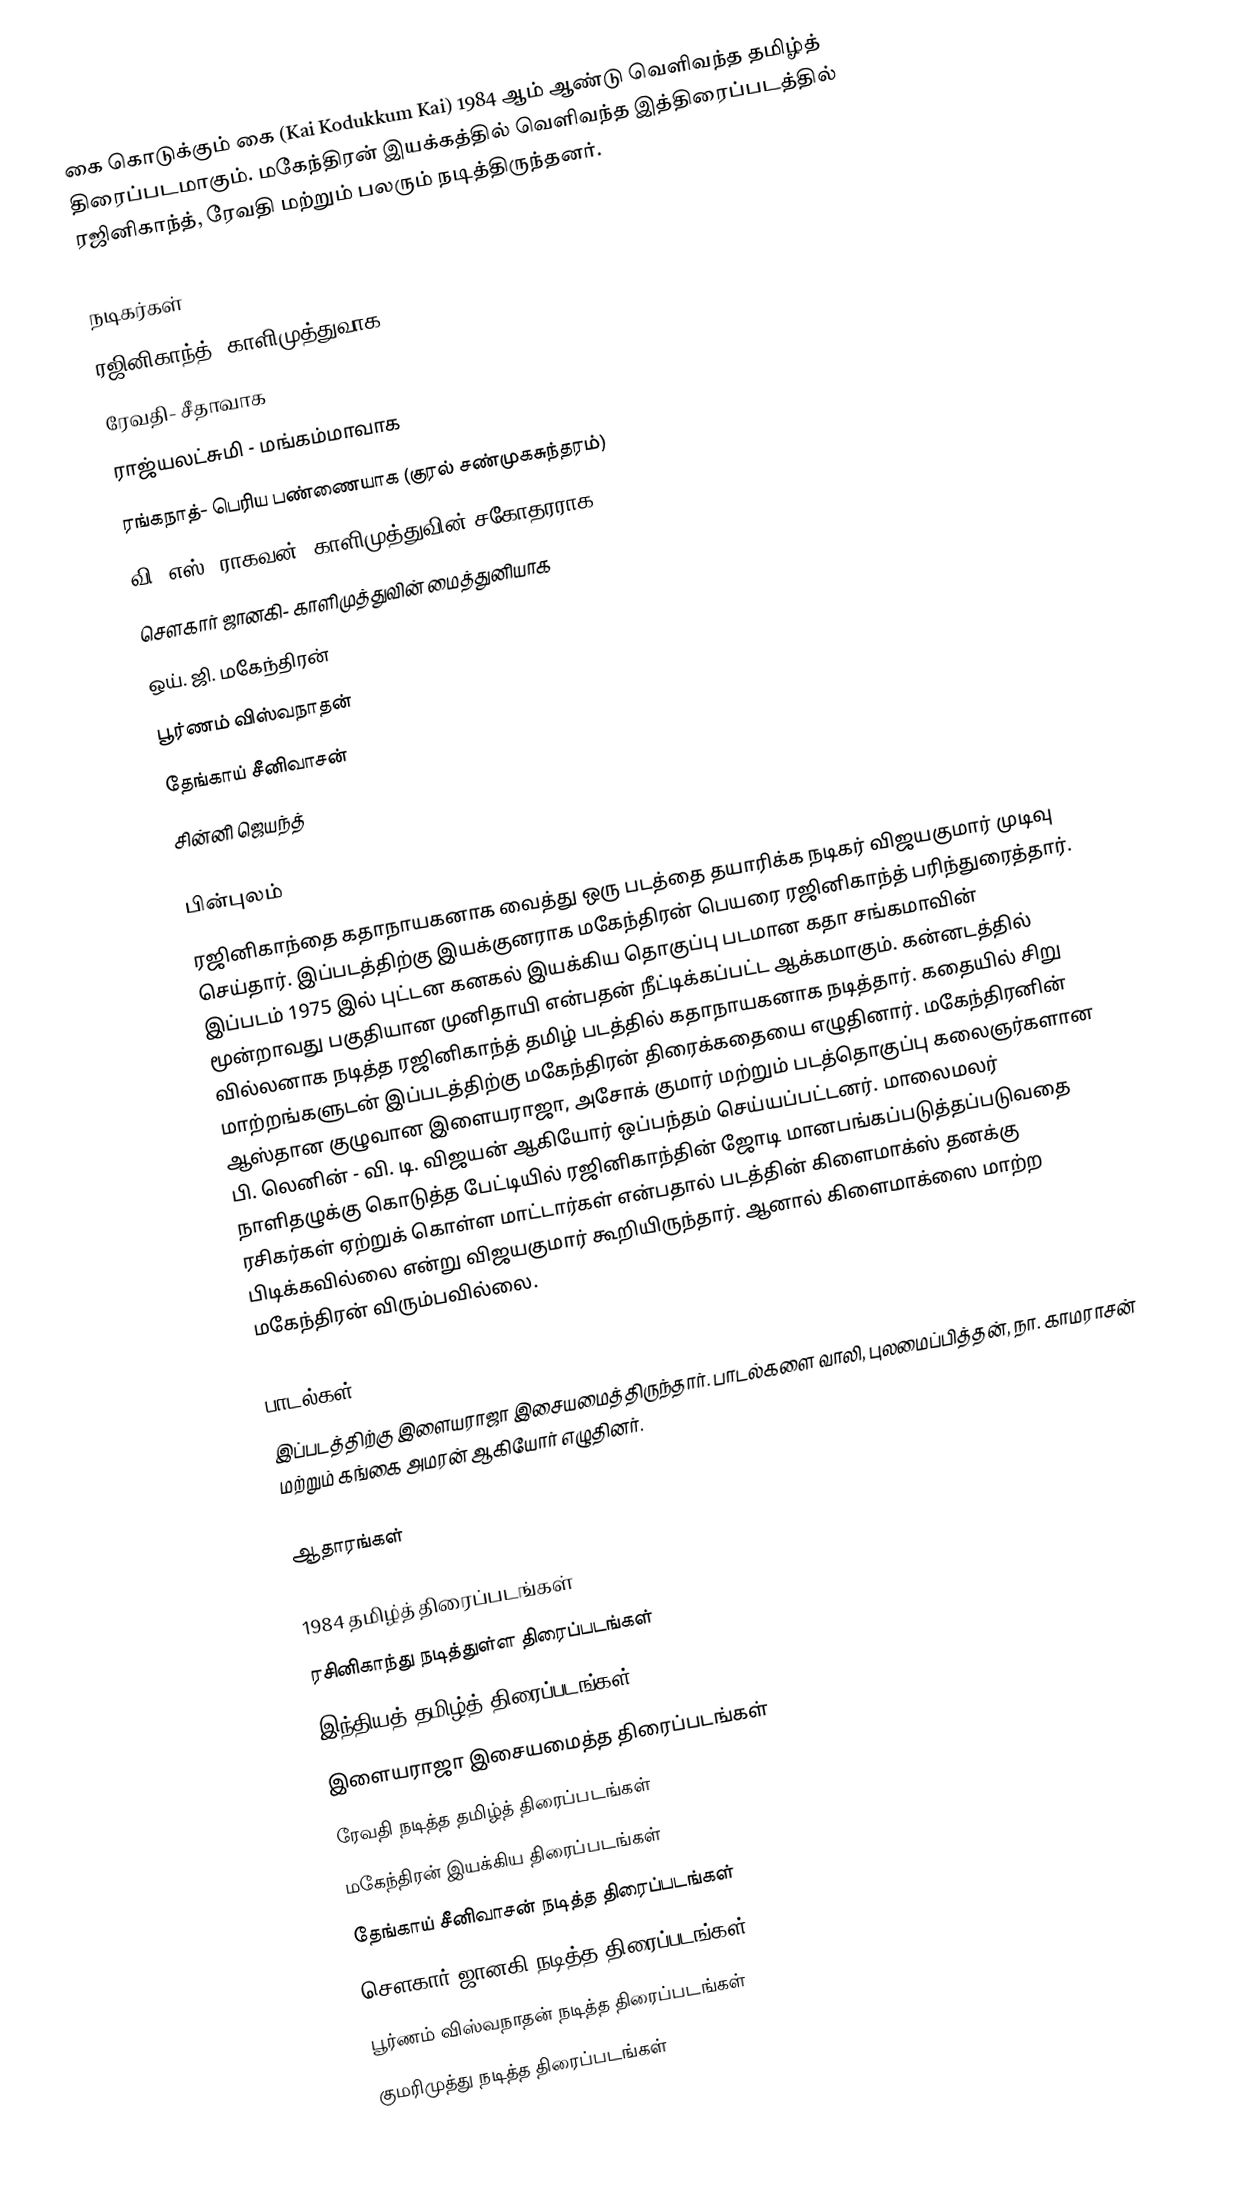
கை கொடுக்கும் கை (Kai Kodukkum Kai) 1984 ஆம் ஆண்டு வெளிவந்த தமிழ்த் திரைப்படமாகும். மகேந்திரன் இயக்கத்தில் வெளிவந்த இத்திரைப்படத்தில் ரஜினிகாந்த், ரேவதி மற்றும் பலரும் நடித்திருந்தனர்.

நடிகர்கள்
 ரஜினிகாந்த்- காளிமுத்துவாக
 ரேவதி- சீதாவாக
 ராஜ்யலட்சுமி - மங்கம்மாவாக
 ரங்கநாத்- பெரிய பண்ணையாக  (குரல் சண்முகசுந்தரம்)
 வி. எஸ். ராகவன்- காளிமுத்துவின் சகோதரராக
 சௌகார் ஜானகி- காளிமுத்துவின் மைத்துனியாக
 ஒய். ஜி. மகேந்திரன்
 பூர்ணம் விஸ்வநாதன்
 தேங்காய் சீனிவாசன்
 சின்னி ஜெயந்த்

பின்புலம்
ரஜினிகாந்தை கதாநாயகனாக வைத்து ஒரு படத்தை தயாரிக்க நடிகர் விஜயகுமார் முடிவு செய்தார். இப்படத்திற்கு இயக்குனராக மகேந்திரன் பெயரை ரஜினிகாந்த் பரிந்துரைத்தார். இப்படம் 1975 இல் புட்டன கனகல் இயக்கிய தொகுப்பு படமான கதா சங்கமாவின் மூன்றாவது பகுதியான முனிதாயி என்பதன் நீட்டிக்கப்பட்ட ஆக்கமாகும். கன்னடத்தில் வில்லனாக நடித்த ரஜினிகாந்த் தமிழ் படத்தில் கதாநாயகனாக நடித்தார். கதையில் சிறு மாற்றங்களுடன் இப்படத்திற்கு மகேந்திரன் திரைக்கதையை எழுதினார். மகேந்திரனின் ஆஸ்தான குழுவான இளையராஜா, அசோக் குமார் மற்றும் படத்தொகுப்பு கலைஞர்களான பி. லெனின் - வி. டி. விஜயன் ஆகியோர் ஒப்பந்தம் செய்யப்பட்டனர். மாலைமலர் நாளிதழுக்கு கொடுத்த பேட்டியில் ரஜினிகாந்தின் ஜோடி மானபங்கப்படுத்தப்படுவதை ரசிகர்கள் ஏற்றுக் கொள்ள மாட்டார்கள் என்பதால் படத்தின் கிளைமாக்ஸ் தனக்கு பிடிக்கவில்லை என்று விஜயகுமார் கூறியிருந்தார். ஆனால் கிளைமாக்ஸை மாற்ற மகேந்திரன் விரும்பவில்லை.

பாடல்கள்
இப்படத்திற்கு இளையராஜா இசையமைத்திருந்தார். பாடல்களை வாலி, புலமைப்பித்தன், நா. காமராசன் மற்றும் கங்கை அமரன் ஆகியோர் எழுதினர்.

ஆதாரங்கள்

1984 தமிழ்த் திரைப்படங்கள்
ரசினிகாந்து நடித்துள்ள திரைப்படங்கள்
இந்தியத் தமிழ்த் திரைப்படங்கள்
இளையராஜா இசையமைத்த திரைப்படங்கள்
ரேவதி நடித்த தமிழ்த் திரைப்படங்கள்
மகேந்திரன் இயக்கிய திரைப்படங்கள்
தேங்காய் சீனிவாசன் நடித்த திரைப்படங்கள்
சௌகார் ஜானகி நடித்த திரைப்படங்கள்
பூர்ணம் விஸ்வநாதன் நடித்த திரைப்படங்கள்
குமரிமுத்து நடித்த திரைப்படங்கள்